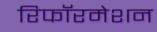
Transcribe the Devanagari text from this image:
रिफॉरमेशन